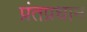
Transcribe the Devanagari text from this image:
प्रंतप्रधान